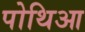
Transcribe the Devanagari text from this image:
पोथिआ